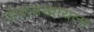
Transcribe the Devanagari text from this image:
जेवायखायला